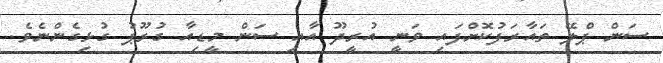
ސަން ޕްލޭ ތައާރަފުކޮށްފައި ވަނީ އުރީދޫ އާއި ސަން މީޑިއާ ގުރޫޕު ގުޅިގެންނެވެ.